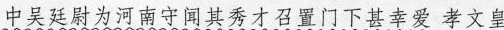
中吴廷尉为河南守闻其秀才召置门下甚幸爱 孝文皇